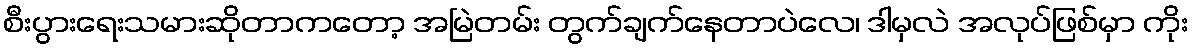
စီးပွားရေးသမားဆိုတာကတော့ အမြဲတမ်း တွက်ချက်နေတာပဲလေ၊ ဒါမှလဲ အလုပ်ဖြစ်မှာ ကိုး